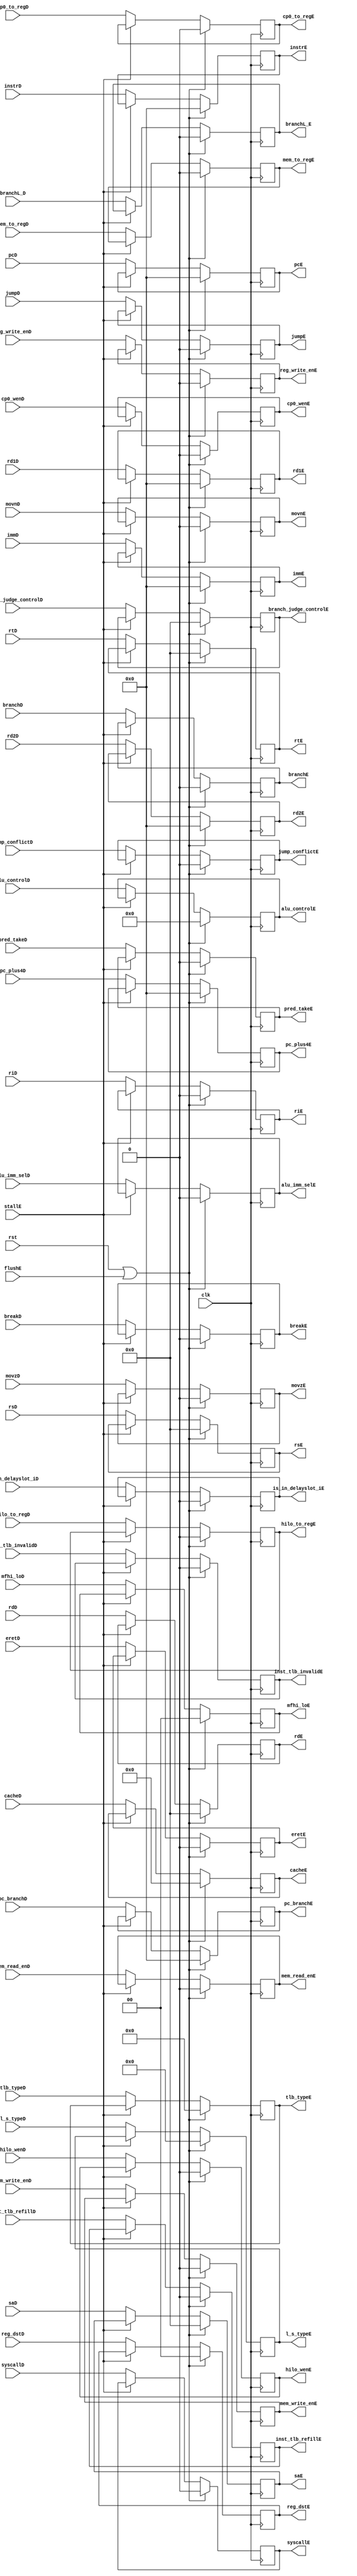
module id_ex (
    input wire clk, rst,
    input wire stallE,
    input wire flushE,
    input wire [31:0] pcD,
    input wire [31:0] rd1D, rd2D,
    input wire [4:0] rsD, rtD, rdD,
    input wire [31:0] immD,
    input wire [31:0] pc_plus4D,
    input wire [31:0] instrD,
    input wire [31:0] pc_branchD,
    input wire pred_takeD,
    input wire branchD,
    input wire jump_conflictD,
    input wire [4:0] saD,
    input wire is_in_delayslot_iD,
    input wire [5:0] alu_controlD,
    input wire jumpD,
    input wire [4:0] branch_judge_controlD,
    input wire [13:0] l_s_typeD,
    input wire [1:0] mfhi_loD,
    input wire [1:0] reg_dstD,		
    input wire alu_imm_selD,	
    input wire mem_read_enD,	
    input wire mem_write_enD,	
    input wire reg_write_enD,	
    input wire mem_to_regD,		
    input wire hilo_wenD,		
    input wire hilo_to_regD,	
    input wire riD,				
    input wire breakD,			
    input wire syscallD,		
    input wire eretD,			
    input wire cp0_wenD,		
    input wire cp0_to_regD,	
    input wire [3:0] tlb_typeD,
    input wire inst_tlb_refillD, inst_tlb_invalidD,
    input wire movnD, movzD,
    input wire branchL_D,
    input wire [6:0] cacheD,

    output reg [31:0] pcE,
    output reg [31:0] rd1E, rd2E,
    output reg [4:0] rsE, rtE, rdE,
    output reg [31:0] immE,
    output reg [31:0] pc_plus4E,
    output reg [31:0] instrE,
    output reg [31:0] pc_branchE,
    output reg pred_takeE,
    output reg branchE,
    output reg jump_conflictE,    
    output reg [4:0] saE,        
    output reg is_in_delayslot_iE,
    output reg [5:0] alu_controlE,
    output reg jumpE,
    output reg [4:0] branch_judge_controlE,
    output reg [13:0] l_s_typeE,
    output reg [1:0] mfhi_loE,

    output reg [1:0] reg_dstE,		
    output reg alu_imm_selE,	
    output reg mem_read_enE,	
    output reg mem_write_enE,	
    output reg reg_write_enE,	
    output reg mem_to_regE,		
    output reg hilo_wenE,		
    output reg hilo_to_regE,	
    output reg riE,				
    output reg breakE,			
    output reg syscallE,		
    output reg eretE,			
    output reg cp0_wenE,		
    output reg cp0_to_regE,
    output reg [3:0] tlb_typeE,
    output reg inst_tlb_refillE, inst_tlb_invalidE,
    output reg movnE, movzE,
    output reg branchL_E,
    output reg [6:0] cacheE
);
    always @(posedge clk) begin
        if(rst | flushE) begin
            pcE                     <=      0   ;
            rd1E                    <=      0   ;
            rd2E                    <=      0   ;
            rsE                     <=      0   ;
            rtE                     <=      0   ;
            rdE                     <=      0   ;
            immE                    <=      0   ;
            pc_plus4E               <=      0   ;
            instrE                  <=      0   ;
            pc_branchE              <=      0   ;
            pred_takeE              <=      0   ;
            branchE                 <=      0   ;
            jump_conflictE          <=      0   ;
            saE                     <=      0   ;
            is_in_delayslot_iE      <=      0   ;
            alu_controlE            <=      0   ;
            jumpE                   <=      0   ;
            branch_judge_controlE   <=      0   ;
            l_s_typeE               <=      0   ;
            mfhi_loE                <=      0   ;
            reg_dstE		        <=      0   ; 
			alu_imm_selE	        <=      0   ;
			mem_read_enE	        <=      0   ;
			mem_write_enE	        <=      0   ;
			reg_write_enE	        <=      0   ;
			mem_to_regE		        <=      0   ;
			hilo_wenE		        <=      0   ;
			hilo_to_regE	        <=      0   ;
			riE				        <=      0   ;
			breakE			        <=      0   ;
			syscallE		        <=      0   ;
			eretE			        <=      0   ;
			cp0_wenE		        <=      0   ;
			cp0_to_regE		        <=      0   ;
            tlb_typeE               <=      0   ;
            inst_tlb_refillE        <=      0   ;
            inst_tlb_invalidE       <=      0   ;
            movnE                   <=      0   ;
            movzE                   <=      0   ;
            branchL_E               <=      0   ;
            cacheE                  <=      0   ;
        end 
        else if(~stallE) begin
            pcE                     <=  pcD                     ;
            rd1E                    <=  rd1D                    ;
            rd2E                    <=  rd2D                    ;
            rsE                     <=  rsD                     ;
            rtE                     <=  rtD                     ;
            rdE                     <=  rdD                     ;
            immE                    <=  immD                    ;
            pc_plus4E               <=  pc_plus4D               ;
            instrE                  <=  instrD                  ;
            pc_branchE              <=  pc_branchD              ;
            pred_takeE              <=  pred_takeD              ;
            branchE                 <=  branchD                 ;
            jump_conflictE          <=  jump_conflictD          ;
            saE                     <=  saD                     ;
            is_in_delayslot_iE      <=  is_in_delayslot_iD      ;
            alu_controlE            <=  alu_controlD            ;
            jumpE                   <=  jumpD                   ;
            branch_judge_controlE   <=  branch_judge_controlD   ;
            l_s_typeE               <=  l_s_typeD               ;
            mfhi_loE                <=  mfhi_loD                ;
            reg_dstE		        <=  reg_dstD 		        ; 
			alu_imm_selE	        <=  alu_imm_selD 	        ;
			mem_read_enE	        <=  mem_read_enD		    ;
			mem_write_enE	        <=  mem_write_enD	        ;
			reg_write_enE	        <=  reg_write_enD 	        ;
			mem_to_regE		        <=  mem_to_regD 		    ;
			hilo_wenE		        <=  hilo_wenD		        ;
			hilo_to_regE	        <=  hilo_to_regD		    ;
			riE				        <=  riD				        ;
			breakE			        <=  breakD			        ;
			syscallE		        <=  syscallD			    ;
			eretE			        <=  eretD			        ;
			cp0_wenE		        <=  cp0_wenD			    ;
			cp0_to_regE		        <=  cp0_to_regD		        ;
            tlb_typeE               <=  tlb_typeD               ;
            inst_tlb_refillE        <=  inst_tlb_refillD        ;
            inst_tlb_invalidE       <=  inst_tlb_invalidD       ;
            movnE                   <=  movnD                   ;
            movzE                   <=  movzD                   ;
            branchL_E               <=  branchL_D               ;
            cacheE                  <=  cacheD                  ;
        end
    end

// // main_decoder 
//     always@(posedge clk) begin
// 		if(rst | flushE) begin
// 			reg_dstE		<= 0; 
// 			alu_imm_selE	<= 0;
// 			mem_read_enE	<= 0;
// 			mem_write_enE	<= 0;
// 			reg_write_enE	<= 0;
// 			mem_to_regE		<= 0;
// 			hilo_wenE		<= 0;
// 			hilo_to_regE	<= 0;
// 			riE				<= 0;
// 			breakE			<= 0;
// 			syscallE		<= 0;
// 			eretE			<= 0;
// 			cp0_wenE		<= 0;
// 			cp0_to_regE		<= 0;
// 		end
// 		else if(~stallE)begin
// 			reg_dstE		<= reg_dstD 		; 
// 			alu_imm_selE	<= alu_imm_selD 	;
// 			mem_read_enE	<= mem_read_enD		;
// 			mem_write_enE	<= mem_write_enD	;
// 			reg_write_enE	<= reg_write_enD 	;
// 			mem_to_regE		<= mem_to_regD 		;
// 			hilo_wenE		<= hilo_wenD		;
// 			hilo_to_regE	<= hilo_to_regD		;
// 			riE				<= riD				;
// 			breakE			<= breakD			;
// 			syscallE		<= syscallD			;
// 			eretE			<= eretD			;
// 			cp0_wenE		<= cp0_wenD			;
// 			cp0_to_regE		<= cp0_to_regD		;
// 		end
//     end
endmodule